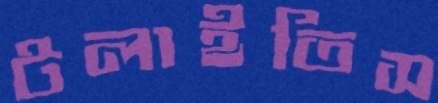
টলাইতিস